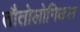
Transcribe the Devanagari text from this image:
तौतोलोगिकल